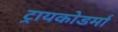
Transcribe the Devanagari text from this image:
ट्रायकोडर्मा